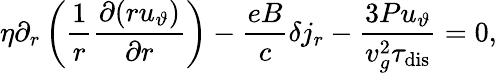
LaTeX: \eta\partial_{r}\left(\frac{1}{r}\frac{\partial(ru_{\vartheta})}{\partial r}\right)-\frac{eB}{c}\delta j_{r}-\frac{3Pu_{\vartheta}}{v_{g}^{2}\tau_{\mathrm{dis}}}=0,